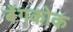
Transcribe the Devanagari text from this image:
बेंगकोक